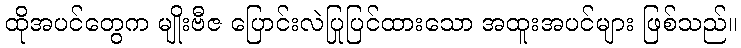
ထိုအပင်တွေက မျိုးဗီဇ ပြောင်းလဲပြုပြင်ထားသော အထူးအပင်များ ဖြစ်သည်။